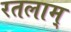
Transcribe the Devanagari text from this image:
रतलाम्